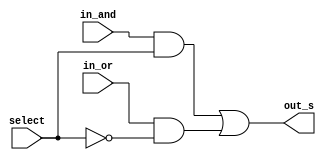
/*
* Aluno: Henrique Augusto Rodrigues
* Arquitetura 1 - Tarde
* Guia_07  Exemplo 0702.
*/
module mux (output out_s, input in_and, in_or, select);

//wires
wire not_select;
wire out_and, out_or;

//portas
not NOT1 (not_select, select);
and AND1 (out_and, in_and, select);
and AND2 (out_or, in_or, not_select);
or OR1 (out_s, out_and, out_or);

endmodule

module Exemplo0702;

//definicoes

reg a, b, select;
wire and_out, or_out, mux_s;

and AND1 (and_out, a, b);
or OR1 (or_out, a, b);

mux MUX1(mux_s, and_out, or_out, select);

initial
begin: main
$display("Exemplo_0702");
$display("675263 - Henrique Augusto Rodrigues");
$display(" a  b  select mux_s");

a=1'b0; b=1'b0; select=1'b0;

//monitor
#1 $monitor(" %b  %b     %b     %b", a, b, select, mux_s);

#1 a=1'b0; b=1'b1; select=1'b0;
#1 a=1'b1; b=1'b0; select=1'b0;
#1 a=1'b1; b=1'b1; select=1'b0;
#1 a=1'b0; b=1'b0; select=1'b1;
#1 a=1'b0; b=1'b1; select=1'b1;
#1 a=1'b1; b=1'b0; select=1'b1;
#1 a=1'b1; b=1'b1; select=1'b1;

end
endmodule